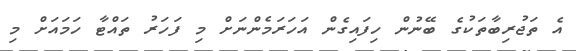
އެ ތަޖުރިބާތަކުގެ ބޭނުން ހިފައިގެން އަހަރަމެންނަށް މި ފަހަރު ތައްޓާ ހަމައަށް މި